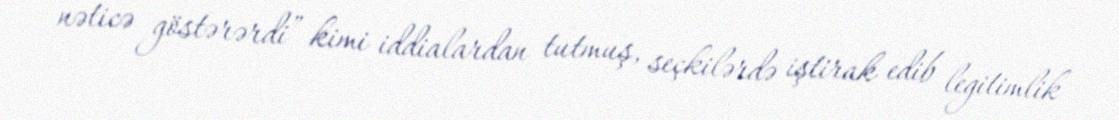
nəticə göstərərdi” kimi iddialardan tutmuş, seçkilərdə iştirak edib legitimlik